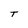
Character: T